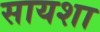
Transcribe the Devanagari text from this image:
सायशा